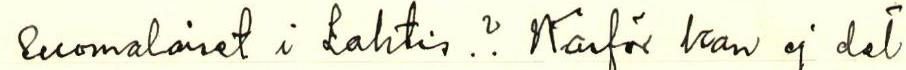
Suomalaiset i Lahtis.? Warför kan ej  det